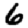
Digit: 6